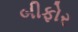
બીફોર